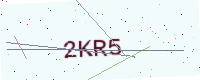
Text: 2KR5